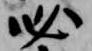
必